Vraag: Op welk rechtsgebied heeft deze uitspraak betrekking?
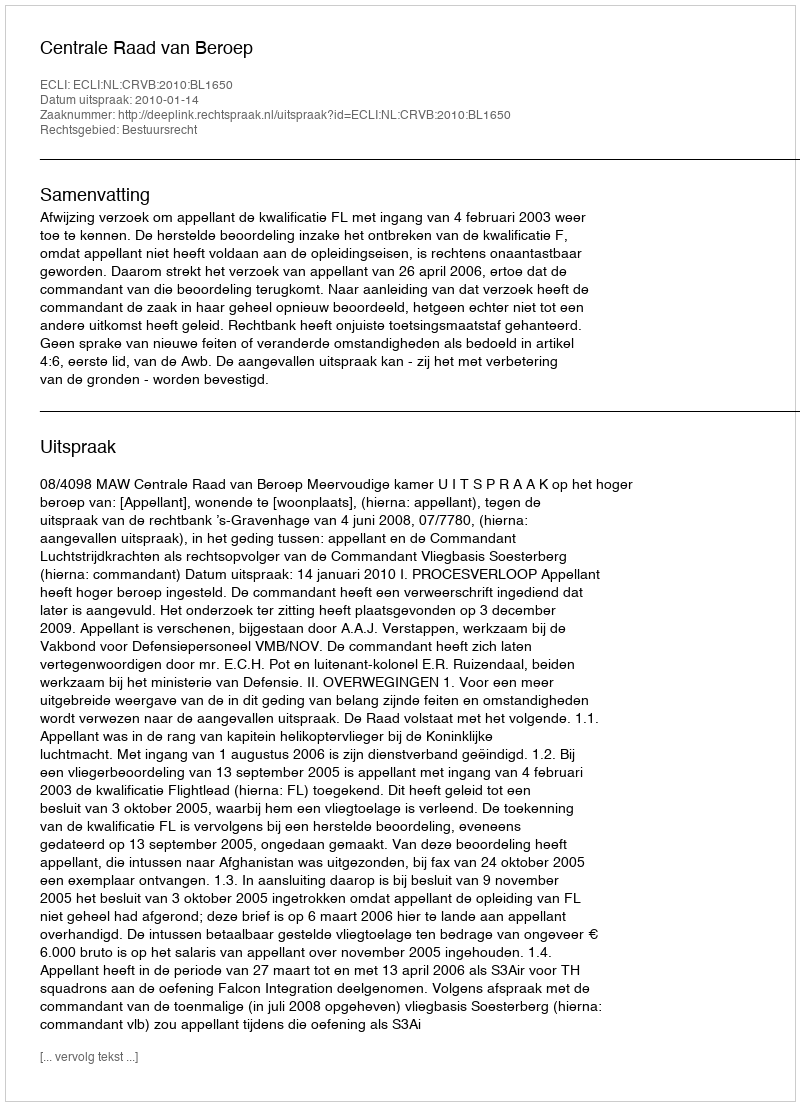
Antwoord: Bestuursrecht